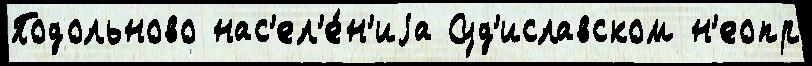
Подольново нас'ел'е́н'иjа Суд'иславском н'еопр